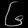
Digit: ၆